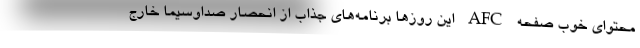
محتوای خوب صفحه AFC این روزها برنامه‌های جذاب از انحصار صداوسیما خارج